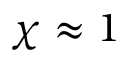
\chi \approx 1